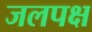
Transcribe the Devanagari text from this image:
जलपक्ष